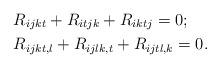
LaTeX: \begin{align*} &R_{ijkt}+R_{itjk}+R_{iktj}=0 ;\\ &R_{ijkt, l}+R_{ijlk, t}+R_{ijtl, k}=0 . \end{align*}